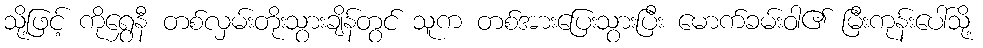
သို့ဖြင့် ကိုရွှေနီ တစ်လှမ်းတိုးသွားချိန်တွင် သူက တစ်အားပြေးသွားပြီး မောက်ခမ်းဝါ၏ မြီးကုန်းပေါ်သို့